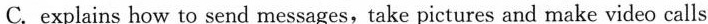
Xiaohong，a professor from Nanjing University。Zhou said the Internet and other forms of media give